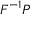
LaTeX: { \boldsymbol { F } } ^ { - 1 } { \boldsymbol { P } }